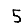
Digit: 5